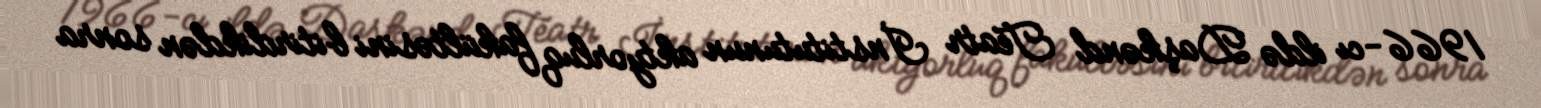
1966-cı ildə Daşkənd Teatr İnstitutunun aktyorluq fakültəsini bitirdikdən sonra